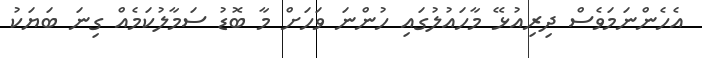
އެހެންނަމަވެސް ދިރިއުޅޭ މާހައުލުގައި ހުންނަ ވަހަށް މާ ބޮޑު ސަމާލުކަމެއް ގިނަ ބަޔަކު